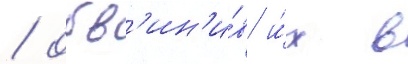
/ обв'ин'и́в и́х в